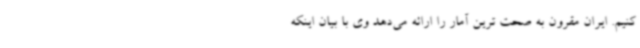
کنیم. ایران مقرون به صحت ترین آمار را ارائه می‌دهد وی با بیان اینکه